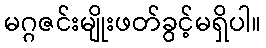
မဂ္ဂဇင်းမျိုးဖတ်ခွင့်မရှိပါ။